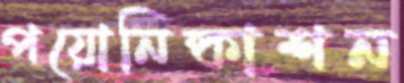
পয়োনিষ্কাশন